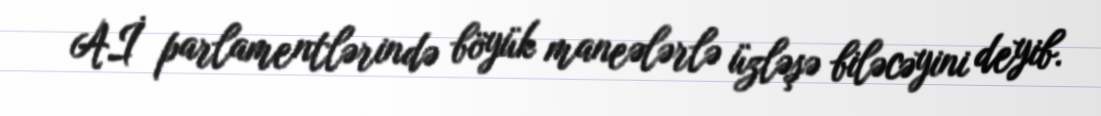
Aİ parlamentlərində böyük maneələrlə üzləşə biləcəyini deyib.